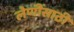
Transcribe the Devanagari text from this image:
लेणींसाठी